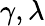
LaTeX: \gamma,\lambda